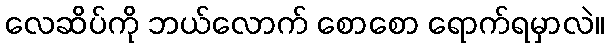
လေဆိပ်ကို ဘယ်လောက် စောစော ရောက်ရမှာလဲ။